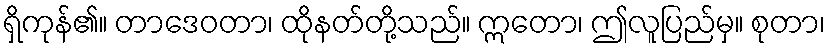
ရှိကုန်၏။ တာဒေဝတာ၊ ထိုနတ်တို့သည်။ ဣတော၊ ဤလူပြည်မှ။ စုတာ၊